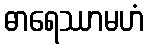
ဓာရေဿာမဟံ